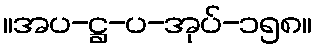
။အပ-ဋ္ဌ-ပ-အုပ်-၁၅၈။